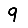
Digit: 9